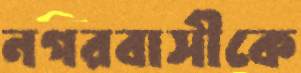
নগরবাসীকে